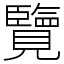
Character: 覽